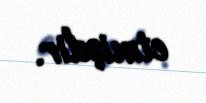
etmişdir.